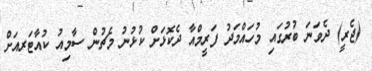
(ޖެރީ) ދެވަނަ ބުރުގައި މުހައްމަދު ފަރީމްއާ ދެކޮޅަށް ކުޅުނު މެޗުން ސާމިއު ކުއާޓަރއަށް